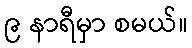
၉ နာရီမှာ စမယ်။